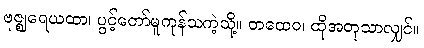
ဗုဇ္ဈရေယထာ၊ ပွင့်တော်မူကုန်သကဲ့သို့။ တထေဝ၊ ထိုအတုသာလျှင်။